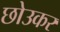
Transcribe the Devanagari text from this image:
छोउकर